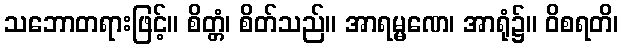
သဘောတရားဖြင့်။ စိတ္တံ၊ စိတ်သည်။ အာရမ္မဏေ၊ အာရုံ၌။ ဝိစရတိ၊